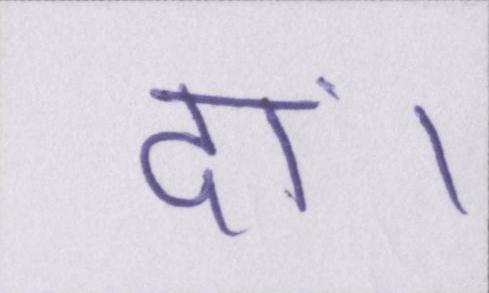
दां।